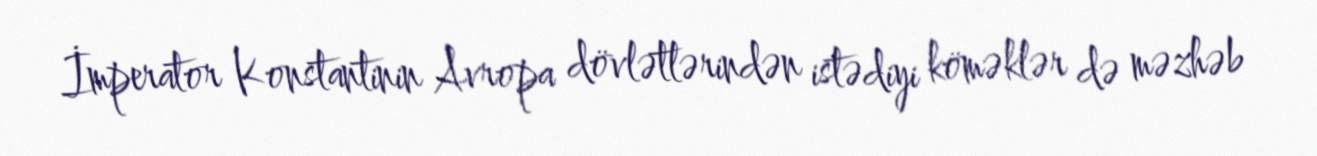
İmperator Konstantinin Avropa dövlətlərindən istədiyi köməklər də məzhəb